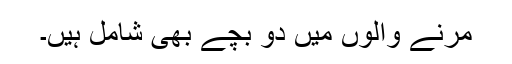
مرنے والوں میں دو بچے بھی شامل ہیں۔